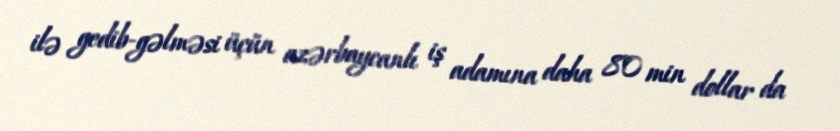
ilə gedib-gəlməsi üçün azərbaycanlı iş adamına daha 80 min dollar da